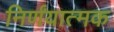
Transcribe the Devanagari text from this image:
निर्णंयात्मक